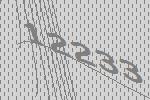
12233